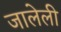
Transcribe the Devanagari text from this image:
जालेली